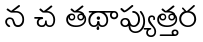
న చ తథాప్యుత్తర